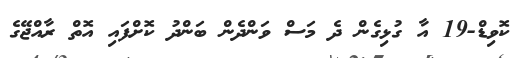
ކޮވިޑް-19 އާ ގުޅިގެން ދެ މަސް ވަންދެން ބަންދު ކޮށްފައި އޮތް ރާއްޖޭގެ